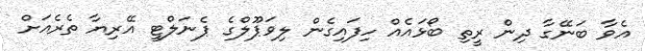
އެވާ ބަނޭގާ ދިން ރީތި ބޯޅައެއް ހިފައިގެން ލިވަޕޫލްގެ ޕެނަލްޓީ އޭރިޔާ ތެރެއަށް